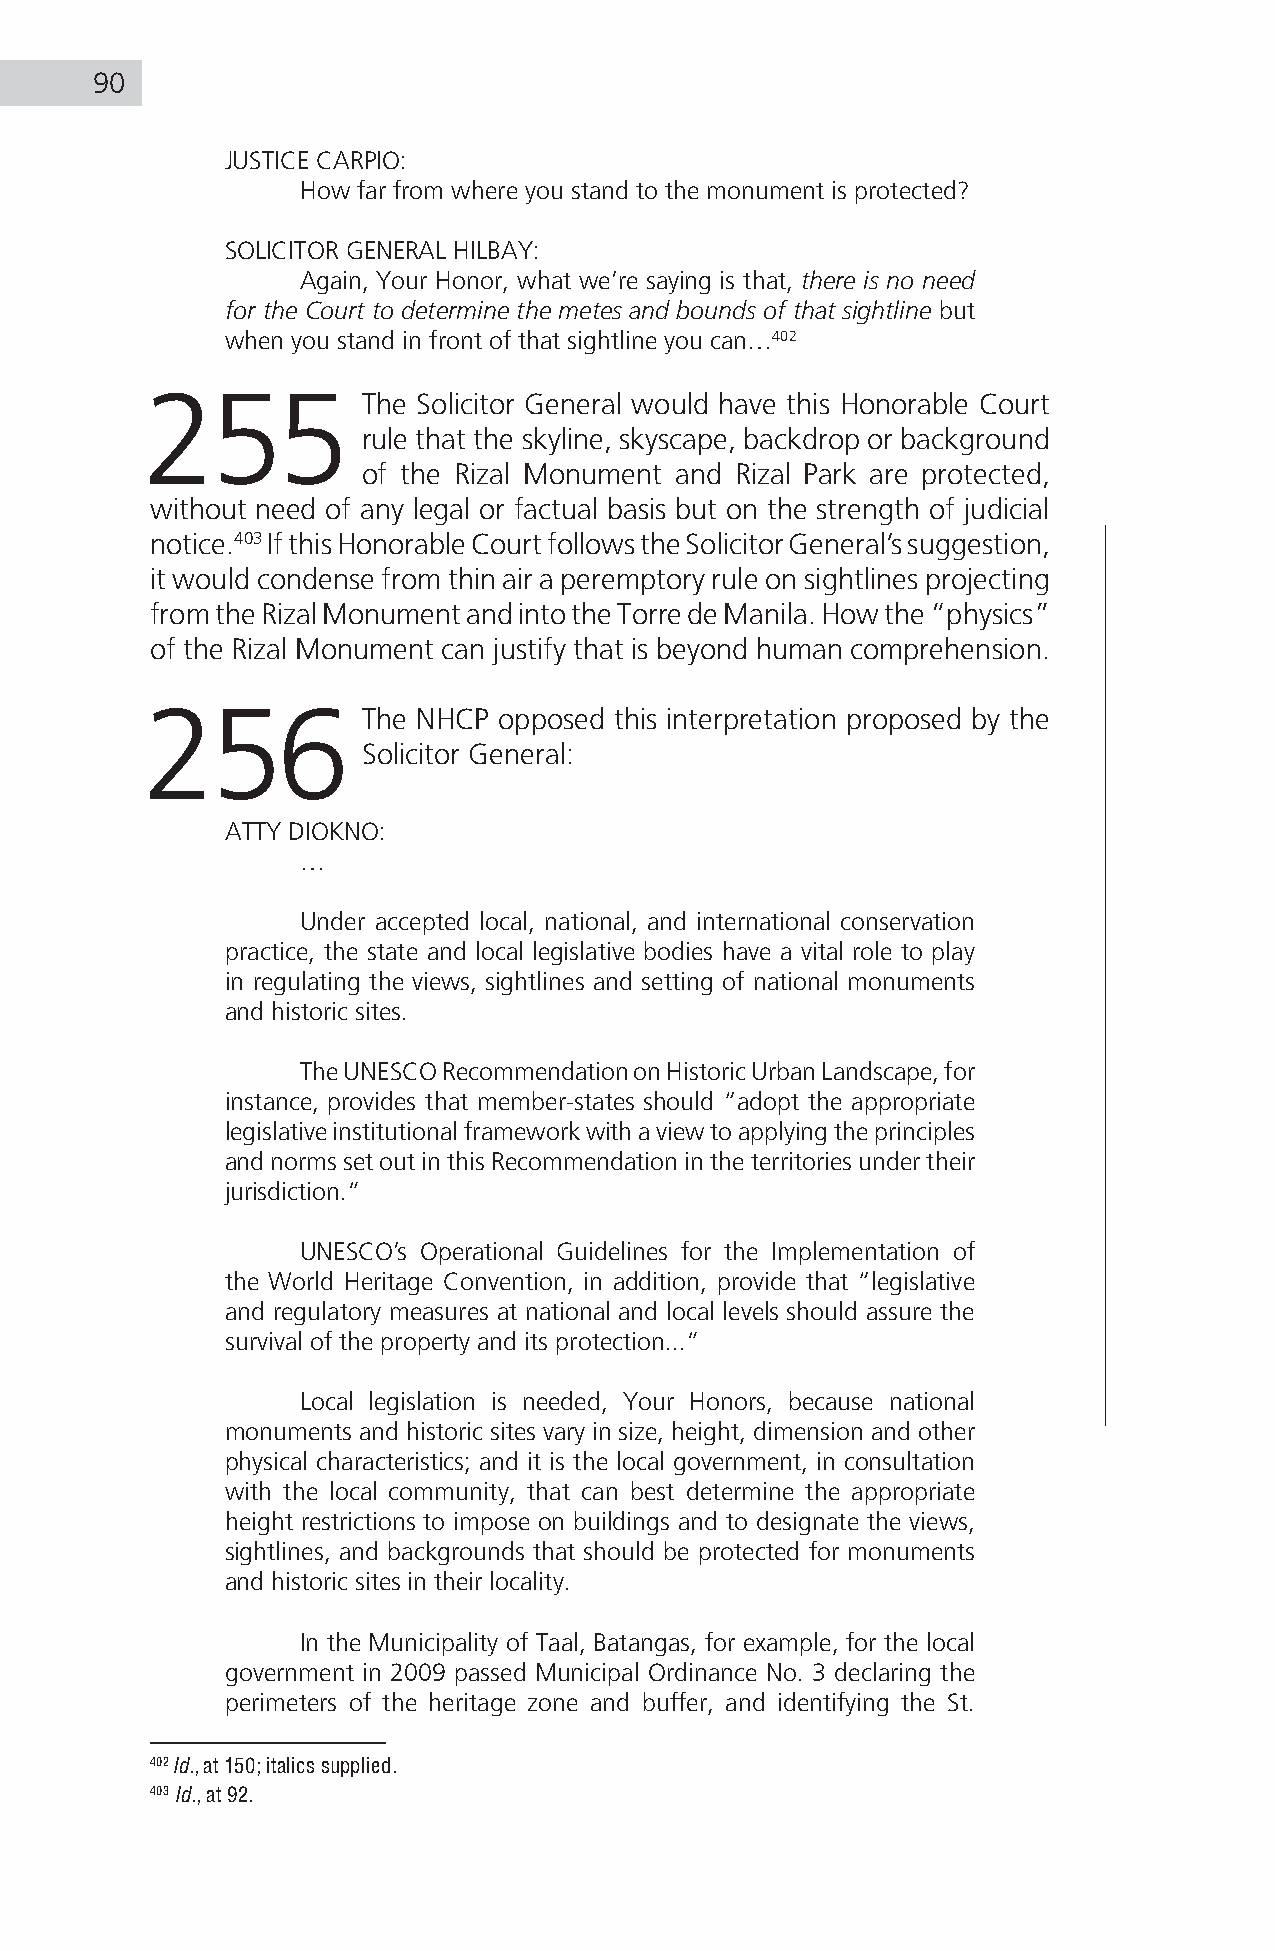
90
 JUSTICE CARPIO:
 How far from where you stand to the monument is protected?
 SOLICITOR GENERAL HILBAY:
 Again, Your Honor, what we’re saying is that, there is no need
 for the Court to determine the metes and bounds of that sightline but
 when you stand in front of that sightline you can…402
 255           The Solicitor General would have this Honorable Court
 rule that the skyline, skyscape, backdrop or background
 of the Rizal Monument and Rizal Park are protected,
 without need of any legal or factual basis but on the strength of judicial
 notice.403 If this Honorable Court follows the Solicitor General’s suggestion,
 it would condense from thin air a peremptory rule on sightlines projecting
 from the Rizal Monument and into the Torre de Manila. How the “physics”
 of the Rizal Monument can justify that is beyond human comprehension.
 256           The NHCP opposed this interpretation proposed by the
 Solicitor General:
 ATTY DIOKNO:
 …
 Under accepted local, national, and international conservation
 practice, the state and local legislative bodies have a vital role to play
 in regulating the views, sightlines and setting of national monuments
 and historic sites.
 The UNESCO Recommendation on Historic Urban Landscape, for
 instance, provides that member-states should “adopt the appropriate
 legislative institutional framework with a view to applying the principles
 and norms set out in this Recommendation in the territories under their
 jurisdiction.”
 UNESCO’s Operational Guidelines for the Implementation of
 the World Heritage Convention, in addition, provide that “legislative
 and regulatory measures at national and local levels should assure the
 survival of the property and its protection...”
 Local legislation is needed, Your Honors, because national
 monuments and historic sites vary in size, height, dimension and other
 physical characteristics; and it is the local government, in consultation
 with the local community, that can best determine the appropriate
 height restrictions to impose on buildings and to designate the views,
 sightlines, and backgrounds that should be protected for monuments
 and historic sites in their locality.
 In the Municipality of Taal, Batangas, for example, for the local
 government in 2009 passed Municipal Ordinance No. 3 declaring the
 perimeters of the heritage zone and buffer, and identifying the St.
 402 Id., at 150; italics supplied.
 403 Id., at 92.